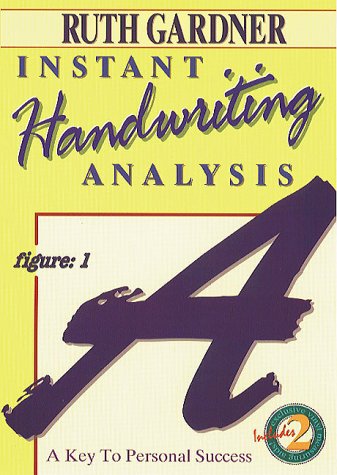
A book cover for Instant Handwriting Analysis: A Key to Personal Success (Llewellyn's self-help series); Ruth Gardner; Self-Help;